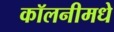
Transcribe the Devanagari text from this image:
कॉलनीमधे